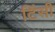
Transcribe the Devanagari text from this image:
टिंसी